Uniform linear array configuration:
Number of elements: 8
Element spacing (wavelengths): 0.5
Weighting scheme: binomial
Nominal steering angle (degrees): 15
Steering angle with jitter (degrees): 13.051
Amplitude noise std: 0.05
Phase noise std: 0.05

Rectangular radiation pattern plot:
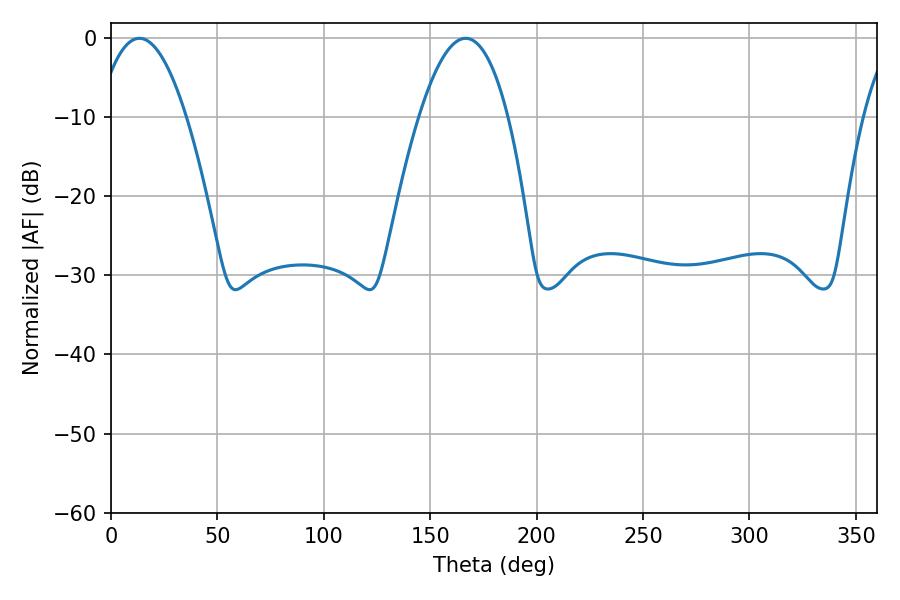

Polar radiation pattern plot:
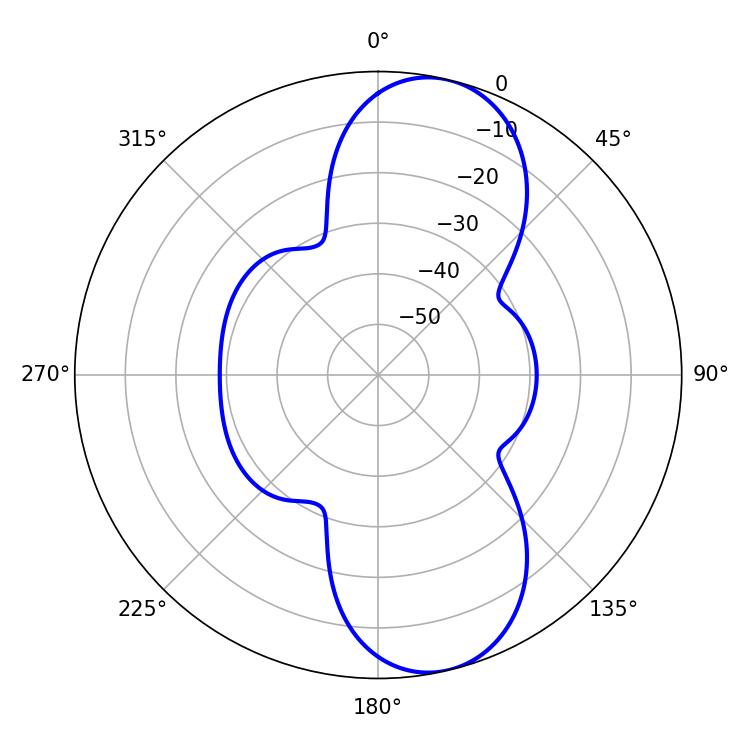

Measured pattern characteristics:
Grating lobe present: FALSE
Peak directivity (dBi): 9.907
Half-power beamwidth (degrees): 23.04
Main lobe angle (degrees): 13.32